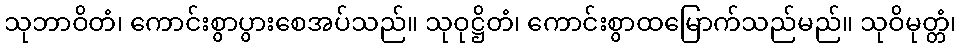
သုဘာဝိတံ၊ ကောင်းစွာပွားစေအပ်သည်။ သုဝုဋ္ဌိတံ၊ ကောင်းစွာထမြောက်သည်မည်။ သုဝိမုတ္တံ၊